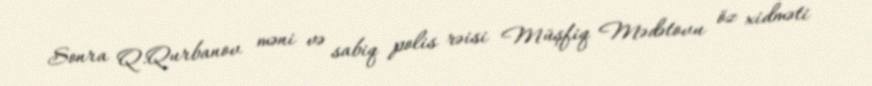
Sonra Q.Qurbanov məni və sabiq polis rəisi Müşfiq Mədətovu öz xidməti